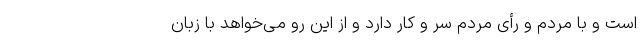
است و با مردم و رأی مردم سر و کار دارد و از این رو می‌خواهد با زبان